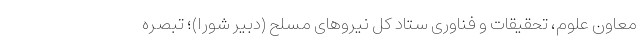
معاون علوم، تحقیقات و فناوری ستاد کل نیروهای مسلح (دبیر شورا)؛ تبصره